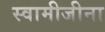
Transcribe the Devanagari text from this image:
स्वामीजीना